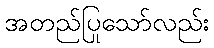
အတည်ပြုသော်လည်း